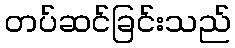
တပ်ဆင်ခြင်းသည်